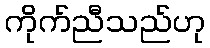
ကိုက်ညီသည်ဟု